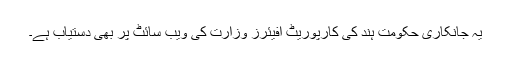
یہ جانکاری حکومت ہند کی کارپوریٹ افیئرز وزارت کی ویب سائٹ پر بھی دستیاب ہے۔